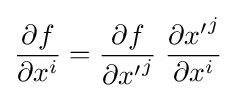
{\frac {\partial f}{\partial {x}^{i}}}={\frac {\partial f}{\partial {x'}^{j}}}\;{\frac {\partial {x'}^{j}}{\partial {x}^{i}}}